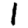
Digit: 1